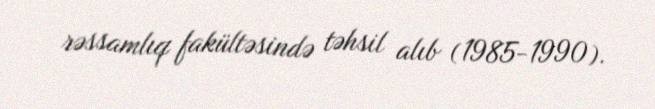
rəssamlıq fakültəsində təhsil alıb (1985-1990).